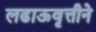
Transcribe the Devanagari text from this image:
लढाऊवृत्तीने